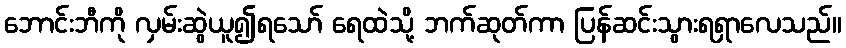
ဘောင်းဘီကို လှမ်းဆွဲယူ၍ရသော် ရေထဲသို့ ဘက်ဆုတ်ကာ ပြန်ဆင်းသွားရရှာလေသည်။